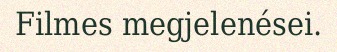
Filmes megjelenései.